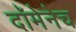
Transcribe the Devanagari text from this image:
दॉमेनेच